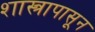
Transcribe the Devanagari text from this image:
शास्त्रापासून